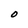
Character: O